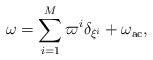
LaTeX: \begin{align*} \omega = \sum_{i=1}^M \varpi^i \delta_{\xi^i} + \omega_{\mathrm{ac}}, \end{align*}